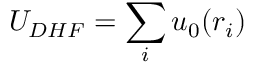
U _ { D H F } = \sum _ { i } u _ { 0 } ( r _ { i } )